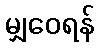
မျှဝေရန်